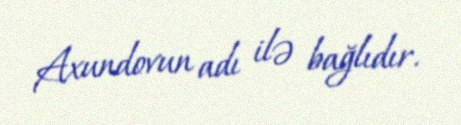
Axundovun adı ilə bağlıdır.